Vaccination in Bombay 1863-1868 - 1863-1868
Year: 1863
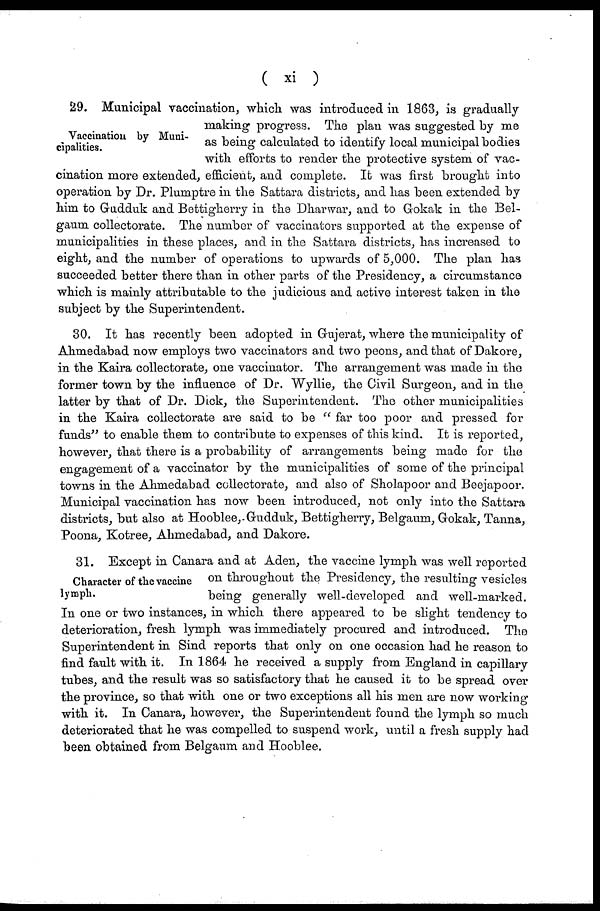
( xi )
Vaccination by Muni-
cipalities.
29. Municipal vaccination, which was introduced in 1863, is gradually
making progress. The plan was suggested by me
as being calculated to identify local municipal bodies
with efforts to render the protective system of vac-
cination more extended, efficient, and complete. It was first brought into
operation by Dr. Plumptre in the Sattara districts, and has been extended by
him to Gudduk and Bettigherry in the Dharwar, and to Gokak in the Bel-
gaum collectorate. The number of vaccinators supported at the expense of
municipalities in these places, and in the Sattara districts, has increased to
eight, and the number of operations to upwards of 5,000. The plan has
succeeded better there than in other parts of the Presidency, a circumstance
which is mainly attributable to the judicious and active interest taken in the
subject by the Superintendent.
30. It has recently been adopted in Gujerat, where the municipality of
Ahmedabad now employs two vaccinators and two peons, and that of Dakore,
in the Kaira collectorate, one vaccinator. The arrangement was made in the
former town by the influence of Dr. Wyllie, the Civil Surgeon, and in the
latter by that of Dr. Dick, the Superintendent. The other municipalities
in the Kaira collectorate are said to be " far too poor and pressed for
funds" to enable them to contribute to expenses of this kind. It is reported,
however, that there is a probability of arrangements being made for the
engagement of a vaccinator by the municipalities of some of the principal
towns in the Ahmedabad collectorate, and also of Sholapoor and Beejapoor.
Municipal vaccination has now been introduced, not only into the Sattara
districts, but also at Hooblee, Gudduk, Bettigherry, Belgaum, Gokak, Tanna,
Poona, Kotree, Ahmedabad, and Dakore.
Character of the vaccine
lymph.
31. Except in Canara and at Aden, the vaccine lymph was well reported
on throughout the Presidency, the resulting vesicles
being generally well-developed and well-marked.
In one or two instances, in which there appeared to be slight tendency to
deterioration, fresh lymph was immediately procured and introduced. The
Superintendent in Sind reports that only on one occasion had he reason to
find fault with it. In 1864 he received a supply from England in capillary
tubes, and the result was so satisfactory that he caused it to be spread over
the province, so that with one or two exceptions all his men are now working
with it. In Canara, however, the Superintendent found the lymph so much
deteriorated that he was compelled to suspend work, until a fresh supply had
been obtained from Belgaum and Hooblee.